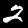
Digit: 2